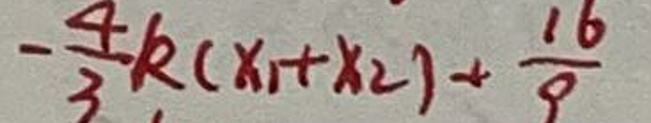
$-\frac{4}{3}k(x_1+x_2)+\frac{16}{9}$